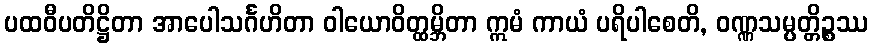
ပထဝီပတိဋ္ဌိတာ အာပေါသင်္ဂဟိတာ ဝါယောဝိတ္ထမ္ဘိတာ ဣမံ ကာယံ ပရိပါစေတိ, ဝဏ္ဏသမ္ပတ္တိဉ္စဿ